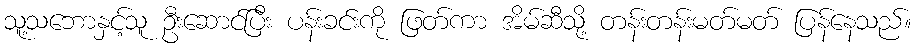
သူ့သဘောနှင့်သူ ဦးဆောင်ပြီး ပန်းခင်းကို ဖြတ်ကာ အိမ်ဆီသို့ တန်းတန်းမတ်မတ် ပြန်နေသည်။